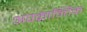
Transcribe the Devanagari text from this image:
अपक्रान्तिक